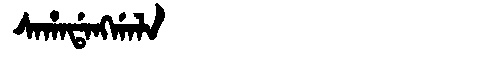
Manchu: ᠰᠠᡥᠠᡩᠠᠩᡤᠠᠯᠠ
Romanization: SAHADANGGALA